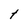
Character: t